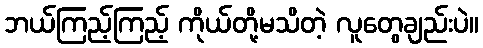
ဘယ်ကြည့်ကြည့် ကိုယ်တို့မသိတဲ့ လူတွေချည်းပဲ။